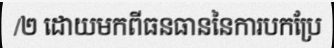
/២ ដោយមកពីធនធាននៃការបកប្រែ